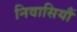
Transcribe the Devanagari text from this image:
निवासियौं